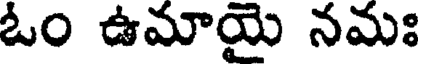
ఓం ఉమాయై నమః